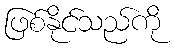
ဖြစ်နိုင်သည်ကို